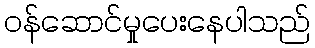
ဝန်ဆောင်မှုပေးနေပါသည်